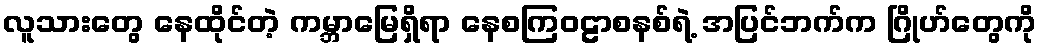
လူသားတွေ နေထိုင်တဲ့ ကမ္ဘာမြေရှိရာ နေစကြဝဠာစနစ်ရဲ့ အပြင်ဘက်က ဂြိုဟ်တွေကို